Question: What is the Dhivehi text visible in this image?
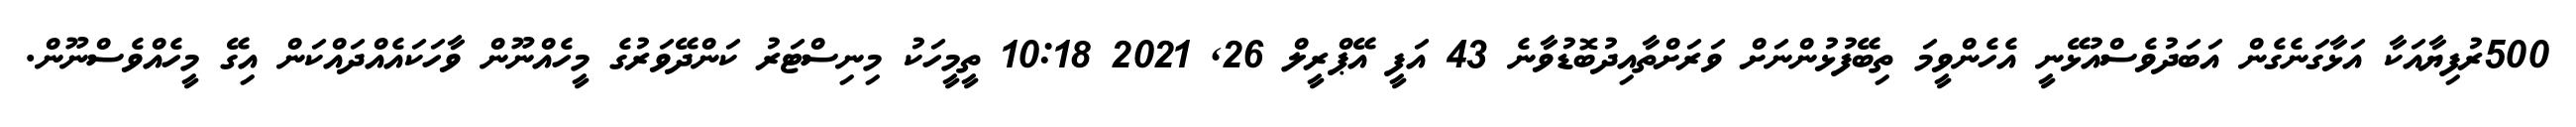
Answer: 500ރުފިޔާއަކާ އަޅާގަނެގެން އަބަދުވެސްއުޅޭނީ އެހެންވީމަ ތިބޭފުޅުންނަށް ވަރަށްތާއިދުބޮޑުވާނެ 43 އަފީ އޭޕްރީލް 26, 2021 10:18 ތީމީހަކު މިނިސްޓަރު ކަންދޭވަރުގެ މީހެއްނޫން ވާހަކައެއްދައްކަން އިގޭ މީހެއްވެސްނޫން.